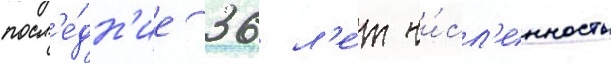
посл'е́дн'ие 36 л'е́т чи́сл'енность